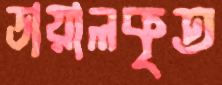
ডায়ালকৃত